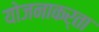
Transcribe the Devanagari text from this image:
योजनाकर्ता